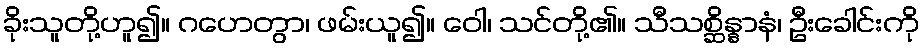
ခိုးသူတို့ဟူ၍။ ဂဟေတွာ၊ ဖမ်းယူ၍။ ဝေါ၊ သင်တို့၏။ သီသစ္ဆိန္နာနံ၊ ဦးခေါင်းကို